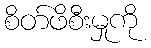
စိတ်ဖိစီးမှုကို